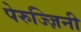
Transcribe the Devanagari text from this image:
पेरुज्ज़िनी